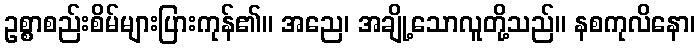
ဥစ္စာစည်းစိမ်များပြားကုန်၏။ အညေ၊ အချို့သောလူတို့သည်။ နစကုလိနော၊